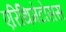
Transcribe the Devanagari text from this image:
एरिथिमेटोसस